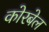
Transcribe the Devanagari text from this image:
कोरबेल